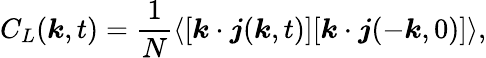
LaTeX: C_{L}(\boldsymbol{k},t)=\frac{1}{N}\langle[\boldsymbol{k}\cdot\boldsymbol{j}(\boldsymbol{k},t)][\boldsymbol{k}\cdot\boldsymbol{j}(-\boldsymbol{k},0)]\rangle,